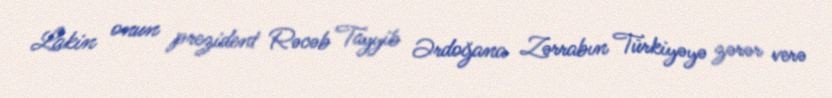
Lakin onun prezident Rəcəb Tayyib Ərdoğana Zərrabın Türkiyəyə zərər verə